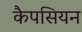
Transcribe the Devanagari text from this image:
कैपसियन